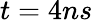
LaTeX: t=4ns